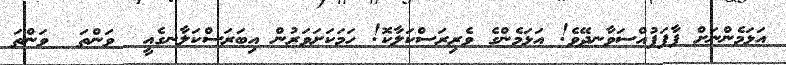
އަޅަމެންނަށް ފާފަފުއްސަވާނދޭވެ! އަޅަމެންގެ ވެރިރަސްކަލާކޮ! ހަމަކަށަވަރުން އިބަރަސްކަލާނގެއީ  ވަންތަ  ވަންތަ